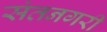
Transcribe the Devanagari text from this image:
संतनगरी